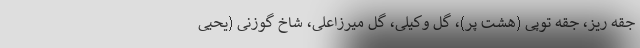
جقه ریز، جقه توپی (هشت پر)، گل وکیلی، گل میرزاعلی، شاخ گوزنی (یحیی